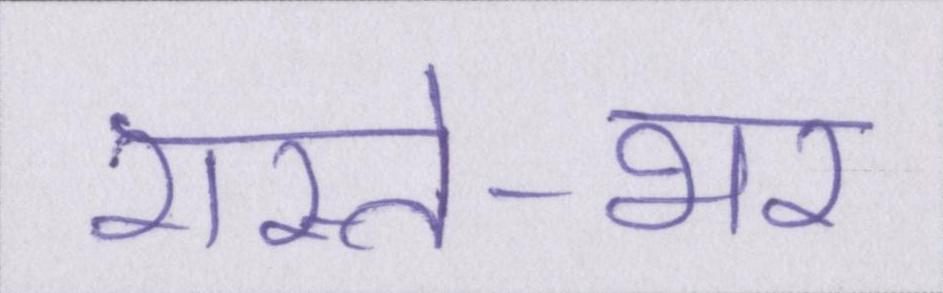
रास्ते-भर